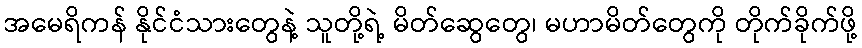
အမေရိကန် နိုင်ငံသားတွေနဲ့ သူတို့ရဲ့ မိတ်ဆွေတွေ၊ မဟာမိတ်တွေကို တိုက်ခိုက်ဖို့